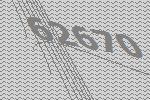
62670